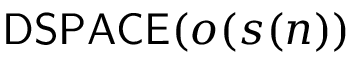
{ \mathsf { D S P A C E } } ( o ( s ( n ) )